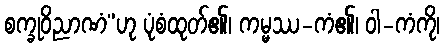
စက္ခုဝိညာဏံ”ဟု ပုံစံထုတ်၏၊ ကမ္မဿ-ကံ၏၊ ဝါ-ကံကို၊